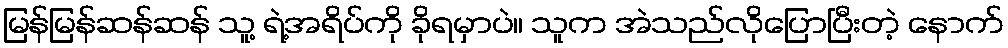
မြန်မြန်ဆန်ဆန် သူ့ ရဲ့အရိပ်ကို ခိုရမှာပဲ။ သူက အဲသည်လိုပြောပြီးတဲ့ နောက်